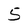
Character: 5